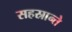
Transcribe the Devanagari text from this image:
सहस्रान्ते